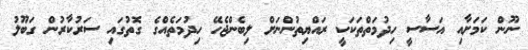
ނޫން ކަމަށާއި އަސާސީ ހިދުމަތްތަކަކީ ރައްޔިތުންނަށް ލިބެންޖެހޭ ހިދުމަތެއްގެ ގޮތުގައި ސަރުކާރުން ގަބޫލު